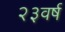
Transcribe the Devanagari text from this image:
२३वर्ष